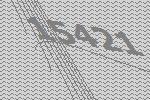
15421